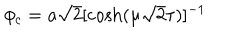
\phi _ { c } = a \sqrt 2 [ { \cosh ( \mu \sqrt 2 \tau ) } ] ^ { - 1 }